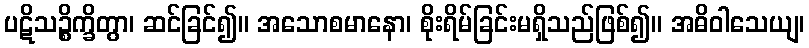
ပဋိသဉ္စိက္ခိတွာ၊ ဆင်ခြင်၍။ အသောစမာနော၊ စိုးရိမ်ခြင်းမရှိသည်ဖြစ်၍။ အဓိဝါသေယျ၊